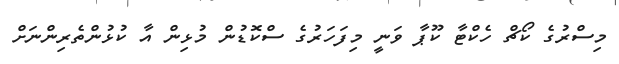
މިސްރުގެ ކޯޗް ހެކްޓާ ކޫޕާ ވަނީ މިފަހަރުގެ ސްކޮޑުން މުޅިން އާ ކުޅުންތެރިންނަށް